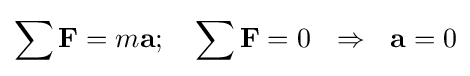
\sum \mathbf {F} =m\mathbf {a} ;\quad \sum \mathbf {F} =0\ \ \Rightarrow \ \ \mathbf {a} =0